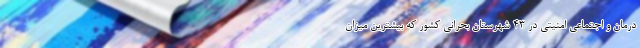
درمان و اجتماعی امنیتی در ۴۳ شهرستان بحرانی کشور که بیشترین میزان